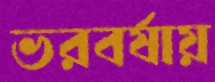
ভরবর্ষায়